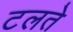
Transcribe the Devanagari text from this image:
टलते